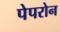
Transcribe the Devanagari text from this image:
पेपरोन